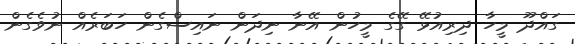
ގައްދޫ މީހާ ދިރިއުޅޭ ގޭގެ މީހުން އޭނާ ނިދަން ނައިސްގެން ހަބަރެއް ނުވެގެން